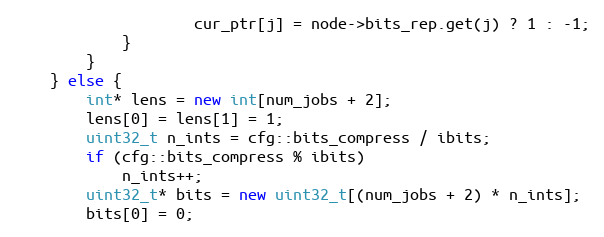
Language: C++
                    cur_ptr[j] = node->bits_rep.get(j) ? 1 : -1;
            }
        }
    } else {
        int* lens = new int[num_jobs + 2];
        lens[0] = lens[1] = 1;
        uint32_t n_ints = cfg::bits_compress / ibits;
        if (cfg::bits_compress % ibits)
            n_ints++;
        uint32_t* bits = new uint32_t[(num_jobs + 2) * n_ints];
        bits[0] = 0;